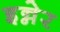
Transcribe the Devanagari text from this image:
इन्नेर